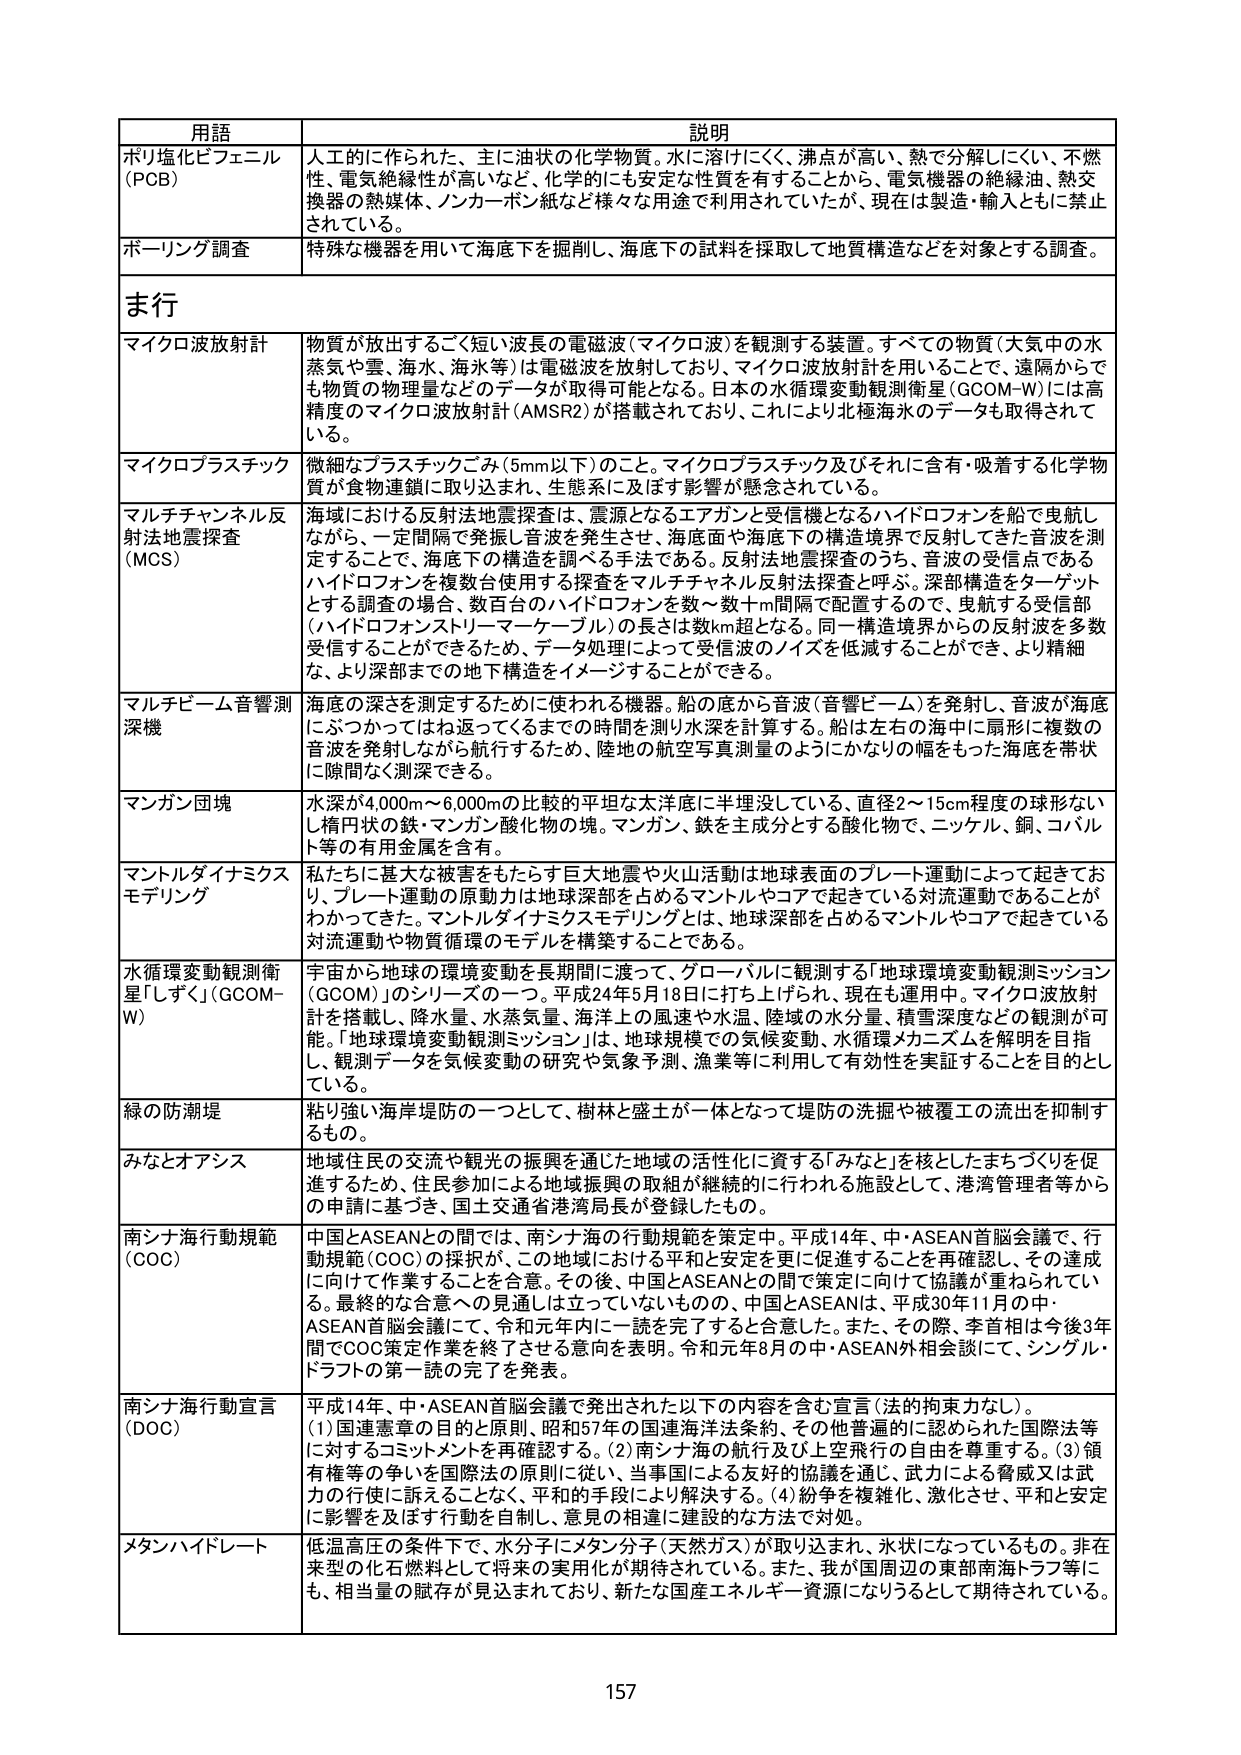
用語 説明
ポリ塩化ビフェニル（PCB） 人工的に作られた、主に油状の化学物質。水に溶けにくく、沸点が高い、熱で分解しにくい、不燃性、電気絶縁性が高いなど、化学的にも安定な性質を有することから、電気機器の絶縁油、熱交換器の熱媒体、ノンカーボン紙など様々な用途で利用されていたが、現在は製造・輸入ともに禁止されている。
ボーリング調査 特殊な機器を用いて海底下を掘削し、海底下の試料を採取して地質構造などを対象とする調査。
ま行
マイクロ波放射計 物質が放出するごく短い波長の電磁波（マイクロ波）を観測する装置。すべての物質（大気中の水蒸気や雲、海水、海氷等）は電磁波を放射しており、マイクロ波放射計を用いることで、遠隔からでも物質の物理量などのデータが取得可能となる。日本の水循環変動観測衛星（GCOM-W）には高精度のマイクロ波放射計（AMSR2）が搭載されており、これにより北極海水のデータも取得されている。
マイクロプラスチック 微細なプラスチックごみ（5mm以下）のこと。マイクロプラスチック及びそれに含有・吸着する化学物質が食物連鎖に取り込まれ、生態系に及ぼす影響が懸念されている。
マルチチャンネル反射法地震探査（MCS） 海域における反射法地震探査は、震源となるエアガンと受信機となるハイドロフォンを船で曳航しながら、一定間隔で発振し音波を発生させ、海底面や海底下の構造境界で反射してきた音波を測定することで、海底下の構造を調べる手法である。反射法地震探査のうち、音波の受信点であるハイドロフォンを複数台使用する探査をマルチチャンネル反射法探査と呼ぶ。深部構造をターゲットとする調査の場合、数百台のハイドロフォンを数十～数十km間隔で配置するので、曳航する受信部（ハイドロフォンストリーマーケーブル）の長さは数km超となる。同一構造境界からの反射波を多数受信することができるため、データ処理によって受信波のノイズを低減することができ、より精細な、より深部までの地下構造をイメージすることができる。
マルチビーム音響測深機 海底の深さを測定するために使われる機器。船の底から音波（音響ビーム）を発射し、音波が海底にぶつかったてはね返ってくるまでの時間を測り水深を計算する。船は左右の海中に扇形に複数の音波を発射しながら航行するため、陸地の航空写真測量のようにかなりの幅をもった海底を帯状に隙間なく測深できる。
マンガン団塊 水深が4,000m～6,000mの比較的平坦な太平洋底に半埋没している、直径2～15cm程度の球形ないし楕円状の鉄・マンガン酸化物の塊。マンガン、鉄を主成分とする酸化物で、ニッケル、銅、コバルト等の有用金属を含有。
マントルダイナミクスモデリング 私たちに甚大な被害をもたらす巨大地震や火山活動は地球表面のプレート運動によって起きており、プレート運動の原動力は地球深部を占めるマントルやコアで起きている対流運動であることがわかってきた。マントルダイナミクスモデリングとは、地球深部を占めるマントルやコアで起きている対流運動や物質循環のモデルを構築することである。
水循環変動観測衛星「しずく」（GCOM-W） 宇宙から地球の環境変動を長期間に渡って、グローバルに観測する「地球環境変動観測ミッション（GCOM）」のシリーズの一つ。平成24年5月18日に打ち上げられ、現在も運用中。マイクロ波放射計を搭載し、降水量、水蒸気量、海洋上の風速や水温、積雪の水分量、積雪深度などの観測が可能。「地球環境変動観測ミッション」は、地球規模での気候変動、水循環メカニズムを解明を目指し、観測データを気候変動の研究や気象予測、漁業等に利用して有効性を実証することを目的としている。
緑の防潮堤 粘り強い海岸堤防の一つとして、樹林と盛土が一体となって堤防の洗掘や被覆工の流出を抑制するもの。
みなとオアシス 地域住民の交流や観光の振興を通じた地域の活性化に資する「みなと」を核としたまちづくりを促進するため、住民参加による地域振興の取組が継続的に行われる施設として、港湾管理者等からの申請に基づき、国土交通省港湾局長が登録したもの。
南シナ海行動規範（COC） 中国とASEANとの間では、南シナ海の行動規範を策定中。平成14年、中・ASEAN首脳会議で、行動規範（COC）の採択が、この地域における平和と安定を更に促進することを再確認し、その達成に向けて作業することを合意。その後、中国とASEANとの間で策定に向けた協議が重ねられている。最終的な合意への見通しは立っていないものの、中国とASEANは、平成30年11月の中・ASEAN首脳会議にて、令和元年内に一読を完了すると合意した。また、その際、李首相は今後3年間でCOC策定作業を終了させる意向を表明。令和元年8月の中・ASEAN外相会談にて、シングル・ドラフトの第一読の完了を発表。
南シナ海行動宣言（DOC） 平成14年、中・ASEAN首脳会議で発出された以下の内容を含む宣言（法的拘束力なし）。
(1) 国連憲章の目的と原則、昭和57年の国連海洋法条約、その他普遍的に認められた国際法等に対するコミットメントを再確認する。
(2) 南シナ海の航行及び上空飛行の自由を尊重する。
(3) 領有権等の争いは国際法の原則に従い、当事国による友好的協議を通じ、武力による脅威又は武力の行使に訴えることなく、平和的手段により解決する。
(4) 紛争を複雑化、激化させ、平和と安定に影響を及ぼす行動を自制し、意見の相違に建設的な方法で対処。
メタンハイドレート 低温高圧の条件下で、水分子にメタン分子（天然ガス）が取り込まれ、氷状になっているもの。非在来型の化石燃料として将来の実用化が期待されている。また、我が国周辺の東部南海トラフ等にも、相当量の賦存が見込まれており、新たな国産エネルギー資源になりうるとして期待されている。
157